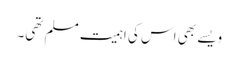
ویسے بھی اس کی اہمیت مسلم تھی۔